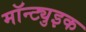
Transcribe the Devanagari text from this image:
मॉन्ट्युइक